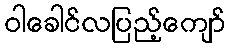
ဝါခေါင်လပြည့်ကျော်